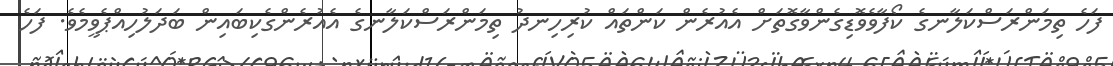
ފަހެ ތިމަންރަސްކަލާނގެ ކޯފާވެވޮޑިގެންވާގޮތަށް އެއުރެން ކަންތައް ކުރިހިނދު ތިމަންރަސްކަލާނގެ އެއުރެންގެކިބައިން ބަދަލުހިއްޕެވީމެވެ. ފަހެ